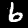
Digit: 6